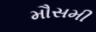
મૌસમી